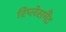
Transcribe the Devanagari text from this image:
रिप्लेसमैंट